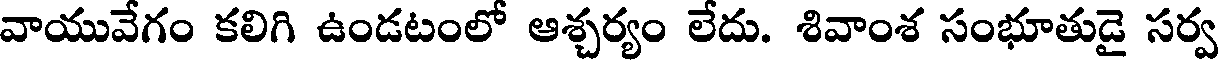
వాయువేగం కలిగి ఉండటంలో ఆశ్చర్యం లేదు. శివాంశ సంభూతుడై సర్వ